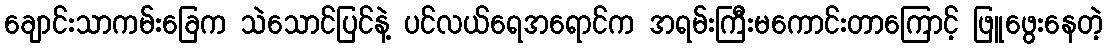
ချောင်းသာကမ်းခြေက သဲသောင်ပြင်နဲ့ ပင်လယ်ရေအရောင်က အရမ်းကြီးမကောင်းတာကြောင့် ဖြူဖွေးနေတဲ့